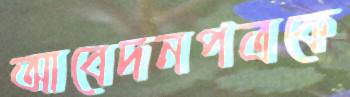
আবেদনপত্রকে